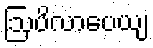
ဩပိလာပေယျ